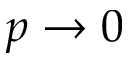
p \rightarrow 0